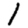
Digit: 1